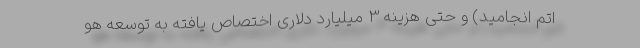
اتم انجامید) و حتی هزینه 3 میلیارد دلاری اختصاص یافته به توسعه هو